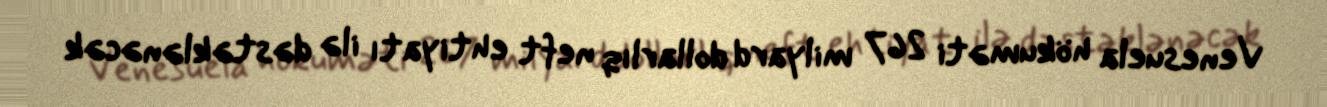
Venesuela hökuməti 267 milyard dollarlıq neft ehtiyatı ilə dəstəklənəcək